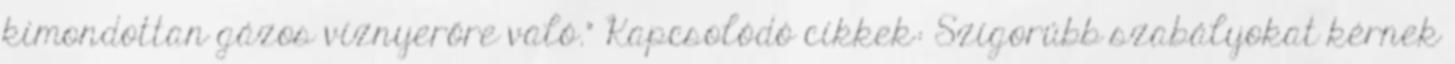
kimondottan gázos víznyerőre való.” Kapcsolódó cikkek: Szigorúbb szabályokat kérnek